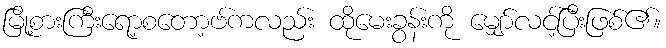
မြို့စားကြီးရော့စတော့ဗ်ကလည်း ထိုမေးခွန်းကို မျှော်လင့်ပြီးဖြစ်၏။